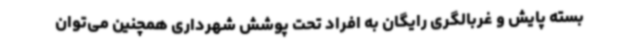
بسته پایش و غربالگری رایگان به افراد تحت پوشش شهرداری همچنین می‌توان